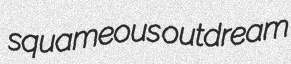
squameous outdream